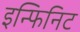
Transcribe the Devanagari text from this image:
इन्फिनिट